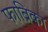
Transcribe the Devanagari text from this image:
फाब्रिका